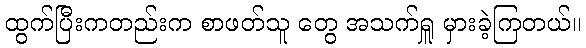
ထွက်ပြီးကတည်းက စာဖတ်သူ တွေ အသက်ရှူ မှားခဲ့ကြတယ်။